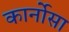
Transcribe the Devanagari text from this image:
कार्नोसा